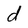
Character: d